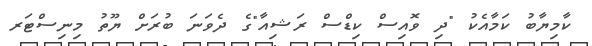
ކާމިޔާބު ކަމާއެކު "ދި ވޮއިސް ކިޑްސް ރަޝިއާ"ގެ ދެވަނަ ބުރަށް ޔޫތު މިނިސްޓަރ